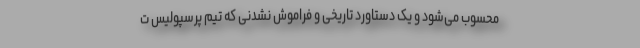
محسوب می‌شود و یک دستاورد تاریخی و فراموش نشدنی که تیم پرسپولیس ت